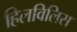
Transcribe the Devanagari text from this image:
हिलविलिस